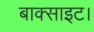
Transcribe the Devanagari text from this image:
बाक्साइट।